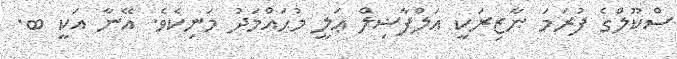
ސްކޫލްގެ ފުރަމަ ނާޒިރަކީ އަލްފާޟިލް ޢަލީ މުޙައްމަދު މަނިކެވެ. އޭނާ އަކީ ބ.